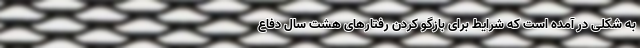
به شکلی در آمده است که شرایط برای بازگو کردن رفتارهای هشت سال دفاع